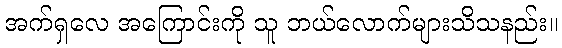
အက်ရှလေ အကြောင်းကို သူ ဘယ်လောက်များသိသနည်း။